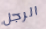
الرجل